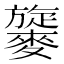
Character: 𪍧